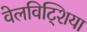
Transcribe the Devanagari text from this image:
वेलविट्शिया